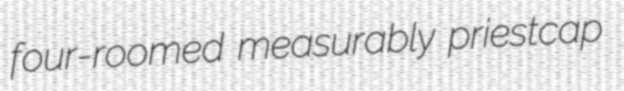
four-roomed measurably priestcap